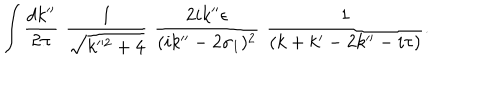
LaTeX: \int \frac { d k ^ { \prime \prime } } { 2 \pi } \, \, \frac { 1 } { \sqrt { k ^ { 2 } + 4 } } \, \, \frac { 2 i k ^ { \prime \prime } \epsilon } { ( i k ^ { \prime \prime } - 2 \sigma _ { 1 } ) ^ { 2 } } \, \, \frac { 1 } { ( k + k ^ { \prime } - 2 k ^ { \prime \prime } - i \tau ) } .